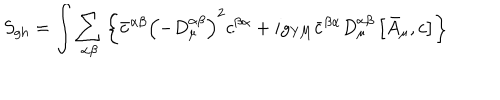
S _ { \mathrm { g h } } = \int \sum _ { \alpha \beta } \left\{ \bar { c } ^ { \alpha \beta } \left( - D _ { \mu } ^ { \alpha \beta } \right) ^ { 2 } c ^ { \beta \alpha } + i g _ { \mathrm { Y M } } \bar { c } ^ { \beta \alpha } D _ { \mu } ^ { \alpha \beta } \left[ \bar { A } _ { \mu } , c \right] \right\}